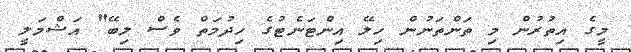
މީގެ އިތުރުން މި ތަންތަނުން ހިލޭ އިންޓަނެޓުގެ ހިދުމަތް ވެސް ލިބޭ" އަޝްމަލީ